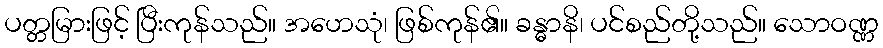
ပတ္တမြားဖြင့် ပြီးကုန်သည်။ အဟေသုံ၊ ဖြစ်ကုန်၏။ ခန္ဓာနိ၊ ပင်စည်တို့သည်။ သောဝဏ္ဏ